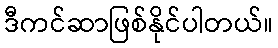
ဒီကင်ဆာဖြစ်နိုင်ပါတယ်။